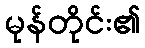
မုန်တိုင်း၏